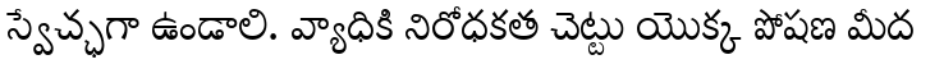
స్వేచ్ఛగా ఉండాలి. వ్యాధికి నిరోధకత చెట్టు యొక్క పోషణ మీద